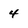
Character: 4